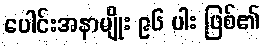
ပေါင်းအနာမျိုး ၉၆ ပါး ဖြစ်၏